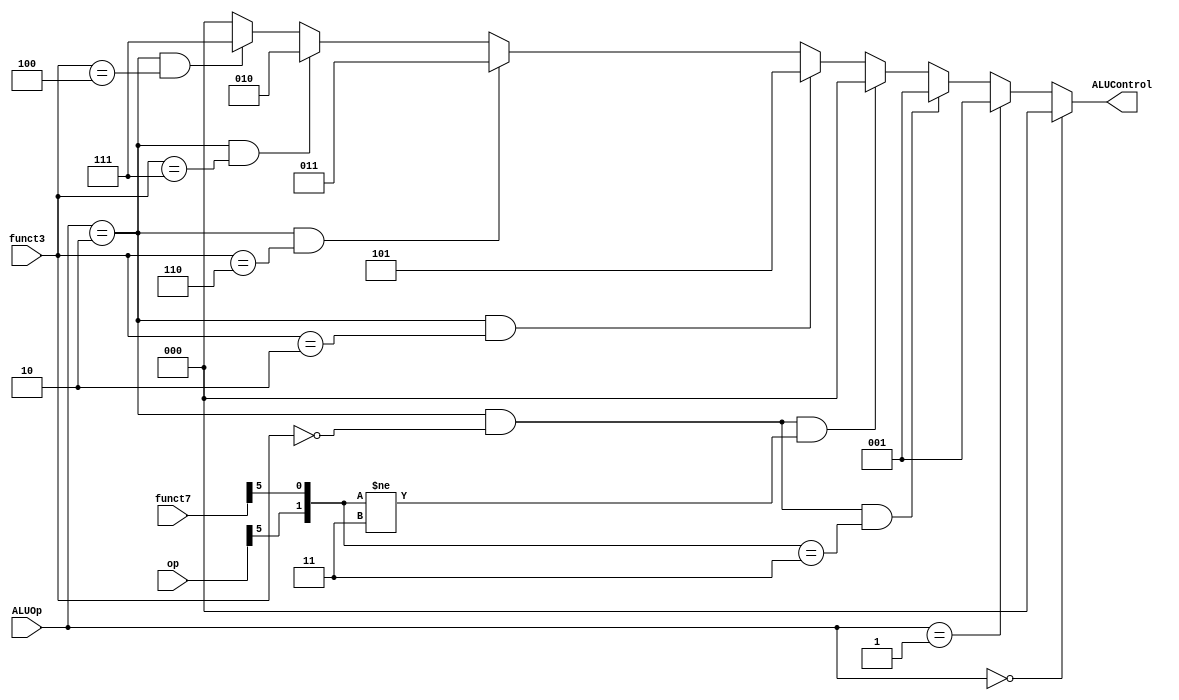
module ALU_Decoder(ALUOp,funct3,funct7,op,ALUControl);

    input [1:0]ALUOp;
    input [2:0]funct3;
    input [6:0]funct7,op;
    output [2:0]ALUControl;

    assign ALUControl = (ALUOp == 2'b00) ? 3'b000 :
                        (ALUOp == 2'b01) ? 3'b001 :
                        ((ALUOp == 2'b10) & (funct3 == 3'b000) & ({op[5],funct7[5]} == 2'b11)) ? 3'b001 : 
                        ((ALUOp == 2'b10) & (funct3 == 3'b000) & ({op[5],funct7[5]} != 2'b11)) ? 3'b000 : 
                        ((ALUOp == 2'b10) & (funct3 == 3'b010)) ? 3'b101 : 
                        ((ALUOp == 2'b10) & (funct3 == 3'b110)) ? 3'b011 : 
                        ((ALUOp == 2'b10) & (funct3 == 3'b111)) ? 3'b010 : 
      					((ALUOp == 2'b10) & (funct3 == 3'b100)) ? 3'b111 : 
                                                                  3'b000 ;
endmodule